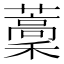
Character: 藳